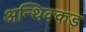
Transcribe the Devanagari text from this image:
अन्थिक्कड़